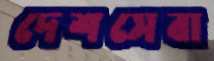
দেশসেবা